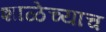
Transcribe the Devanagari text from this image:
शाळेच्याच